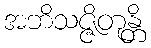
အဘိသဇ္ဇိတုန္တိ